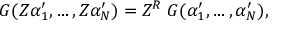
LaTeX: { \cal { G } } ( Z \alpha _ { 1 } ^ { \prime } , \ldots , Z \alpha _ { N } ^ { \prime } ) = Z ^ { R } \; { \cal { G } } ( \alpha _ { 1 } ^ { \prime } , \ldots , \alpha _ { N } ^ { \prime } ) ,